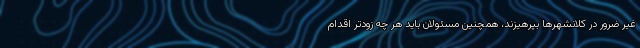
غیر ضرور در کلانشهرها بپرهیزند، همچنین مسئولان باید هر چه زودتر اقدام